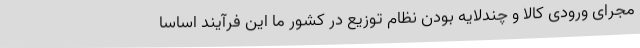
مجرای ورودی کالا و چندلایه بودن نظام توزیع در کشور ما این فرآیند اساسا